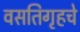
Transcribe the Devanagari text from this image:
वसतिगृहचे